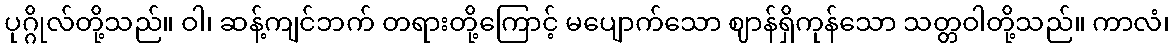
ပုဂ္ဂိုလ်တို့သည်။ ဝါ၊ ဆန့်ကျင်ဘက် တရားတို့ကြောင့် မပျောက်သော ဈာန်ရှိကုန်သော သတ္တဝါတို့သည်။ ကာလံ၊